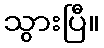
သွားပြီ။